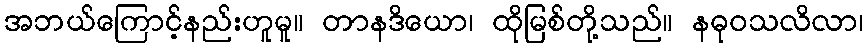
အဘယ်ကြောင့်နည်းဟူမူ။ တာနဒိယော၊ ထိုမြစ်တို့သည်။ နဓုဝသလိလာ၊